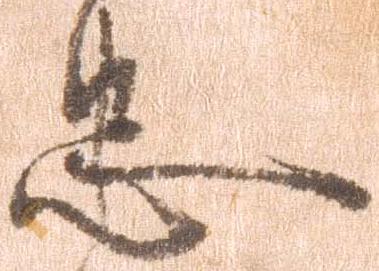
忠